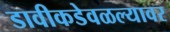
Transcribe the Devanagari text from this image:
डावीकडेवळल्यावर